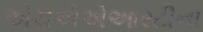
એચએએઆરટીના